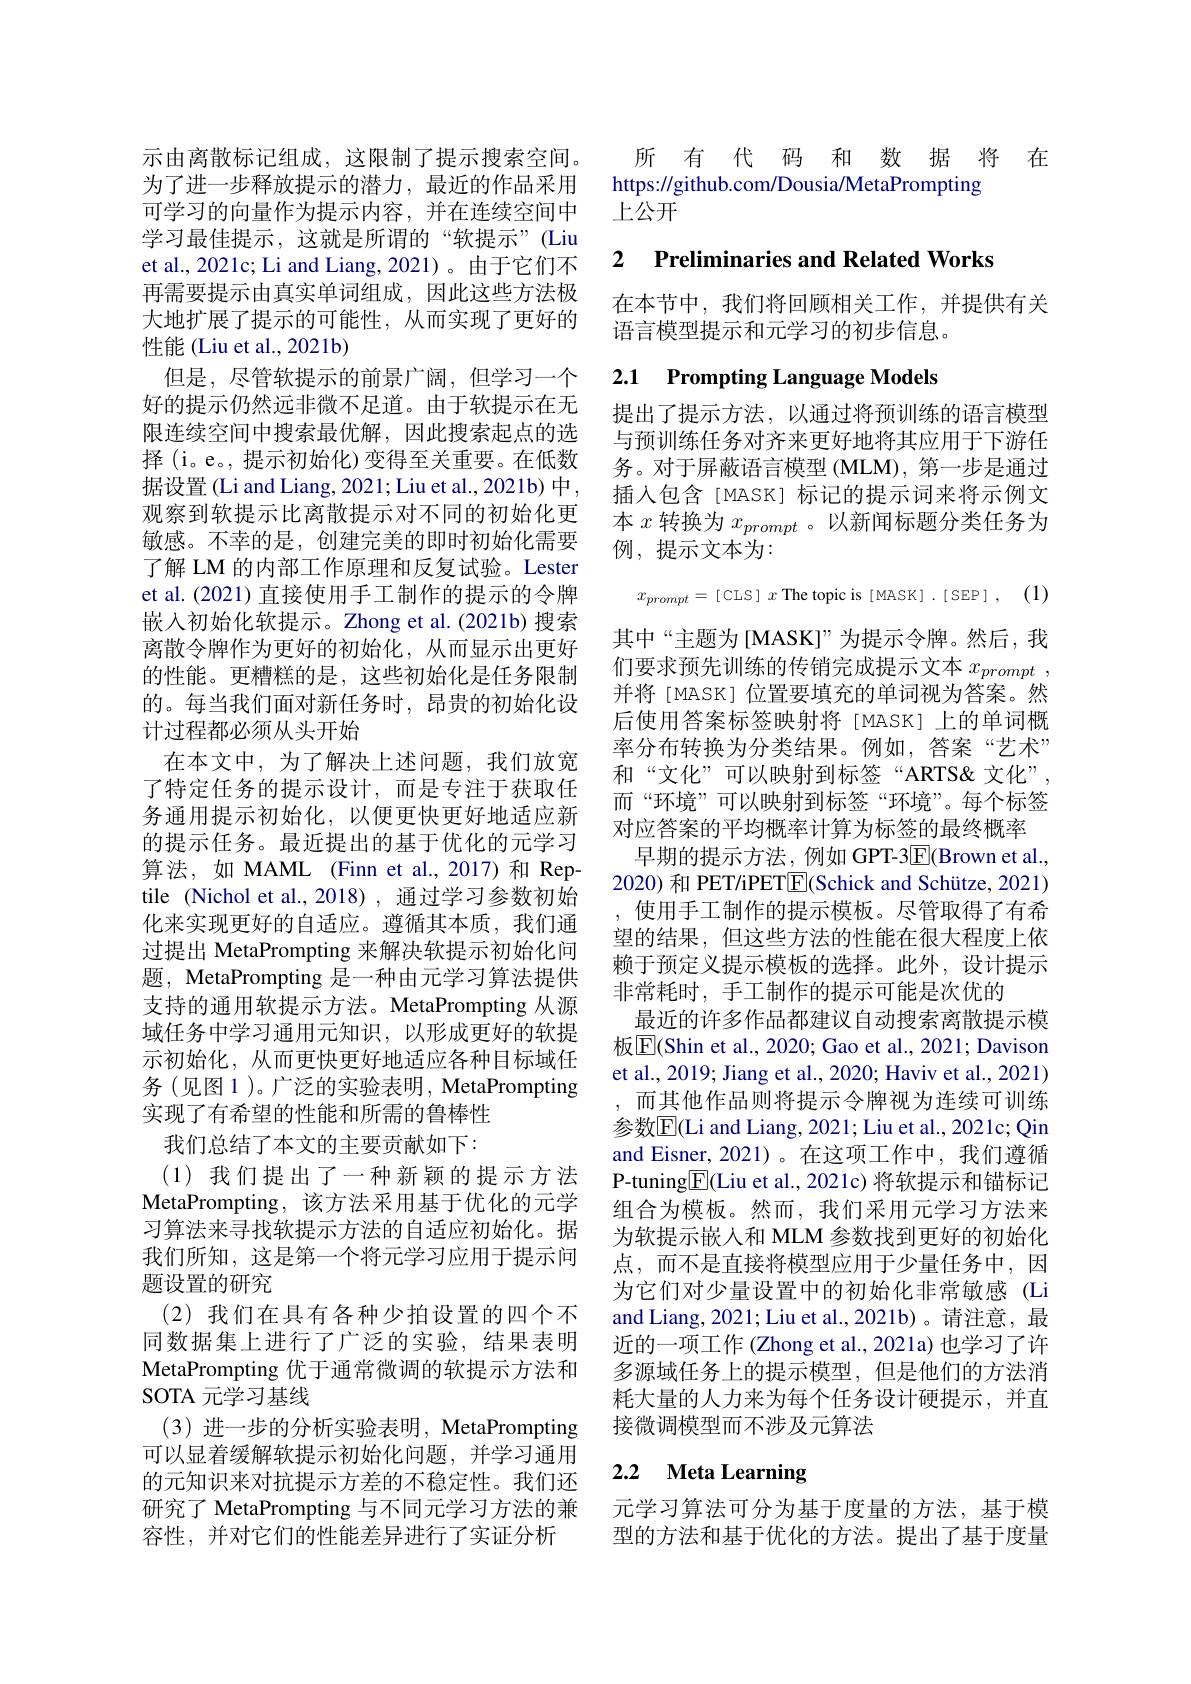
示由离散标记组成，这限制了提示搜索空间。为了进一步释放提示的潜力，最近的作品采用可学习的向量作为提示内容，并在连续空间中学习最佳提示，这就是所谓的“软提示”(Liu et al., 2021c; Li and Liang, 2021)。由于它们不再需要提示由真实单词组成，因此这些方法极大地扩展了提示的可能性，从而实现了更好的性能 (Liu et al., 2021b)
但是，尽管软提示的前景广阔，但学习一个好的提示仍然远非微不足道。由于软提示在无限连续空间中搜索最优解，因此搜索起点的选择 (i。e。, 提示初始化) 变得至关重要。在低数据设置 (Li and Liang, 2021; Liu et al., 2021b) 中 , 观察到软提示比离散提示对不同的初始化更敏感。不幸的是，创建完美的即时初始化需要了解 LM 的内部工作原理和反复试验。Lester et al. (2021) 直接使用手工制作的提示的令牌嵌入初始化软提示。Zhong et al.(2021b) 搜索离散令牌作为更好的初始化，从而显示出更好的性能。更糟糕的是，这些初始化是任务限制的。每当我们面对新任务时，昂贵的初始化设计过程都必须从头开始
在本文中，为了解决上述问题，我们放宽了特定任务的提示设计，而是专注于获取任务通用提示初始化，以便更快更好地适应新的提示任务。最近提出的基于优化的元学习算法，如 MAML (Finn et al.,2017)和 Reptile (Nichol et al.,2018), 通过学习参数初始化来实现更好的自适应。遵循其本质，我们通过提出 MetaPrompting 来解决软提示初始化问题，MetaPrompting 是一种由元学习算法提供支持的通用软提示方法。MetaPrompting 从源域任务中学习通用元知识，以形成更好的软提示初始化，从而更快更好地适应各种目标域任务(见图1)。广泛的实验表明，MetaPrompting 实现了有希望的性能和所需的鲁棒性
我们总结了本文的主要贡献如下：
(1)我们提出了一种新颖的提示方法MetaPrompting, 该方法采用基于优化的元学习算法来寻找软提示方法的自适应初始化。据我们所知，这是第一个将元学习应用于提示问题设置的研究
(2)我们在具有各种少拍设置的四个不同数据集上进行了广泛的实验，结果表明MetaPrompting 优于通常微调的软提示方法和SOTA 元学习基线
(3)进一步的分析实验表明，MetaPrompting 可以显着缓解软提示初始化问题，并学习通用的元知识来对抗提示方差的不稳定性。我们还研究了 MetaPrompting 与不同元学习方法的兼容性，并对它们的性能差异进行了实证分析

所有代码 和数据将在

https://github.com/Dousia/MetaPrompting

上公开

2 $\textbf{Preliminaries and Related Works}$

在本节中，我们将回顾相关工作，并提供有关
语言模型提示和元学习的初步信息。

# 2.1 Prompting Language Models

提出了提示方法，以通过将预训练的语言模型与预训练任务对齐来更好地将其应用于下游任务。对于屏蔽语言模型 (MLM), 第一步是通过插入包含[MASK] 标记的提示词来将示例文本$x$转换为$x_{prompt}$ 。以新闻标题分类任务为例，提示文本为：
$$x_{prompt}=\text{[CLS]}x\text{The topic is[MASK]}.\text{[SEP]},$$
其中“主题为[MASK]”为提示令牌。然后，我们要求预先训练的传销完成提示文本$x_{prompt}$ 并将 [MASK] 位置要填充的单词视为答案。然后使用答案标签映射将[MASK]上的单词概率分布转换为分类结果。例如，答案“艺术” 和“文化”可以映射到标签“ARTS&文化”, 而“环境”可以映射到标签“环境”。每个标签对应答案的平均概率计算为标签的最终概率
早期的提示方法，例如 GPT-3$\boxed{\mathrm{F}}($Brown et al., 2020) 和 PET/iPET$\boxed{\mathrm{F}}($Schick and Schütze, 2021) ,使用手工制作的提示模板。尽管取得了有希望的结果，但这些方法的性能在很大程度上依赖于预定义提示模板的选择。此外，设计提示非常耗时，手工制作的提示可能是次优的
最近的许多作品都建议自动搜索离散提示模板$\boxed{\mathrm{F}}$(Shin et al., 2020; Gao et al., 2021; Davison et al., 2019; Jiang et al., 2020; Haviv et al., 2021) ,而其他作品则将提示令牌视为连续可训练参数$\overline{\mathrm{E}}($Li and Liang, 2021; Liu et al., 2021c; Qin and Eisner, 2021)。在这项工作中，我们遵循P-tuning$\underline{\mathrm{E}}($Liu et al., 2021c) 将软提示和锚标记组合为模板。然而，我们采用元学习方法来为软提示嵌入和 MLM 参数找到更好的初始化点，而不是直接将模型应用于少量任务中，因为它们对少量设置中的初始化非常敏感 (Li and Liang, 2021; Liu et al., 2021b)。请注意，最近的一项工作 (Zhong et al., 2021a) 也学习了许多源域任务上的提示模型，但是他们的方法消耗大量的人力来为每个任务设计硬提示，并直接微调模型而不涉及元算法
2.2 Meta Learning

元学习算法可分为基于度量的方法，基于模型的方法和基于优化的方法。提出了基于度量